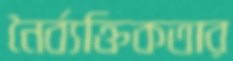
নৈর্ব্যক্তিকতার